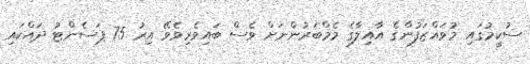
ސުކީމުގައި މުވައްޒަފުންގެ އާއިލާގެ މެމްބަރުންނަށް ވެސް ބައިވެރިވެވޭ އިރު 75 ޕަސެންޓު ދައްކައި